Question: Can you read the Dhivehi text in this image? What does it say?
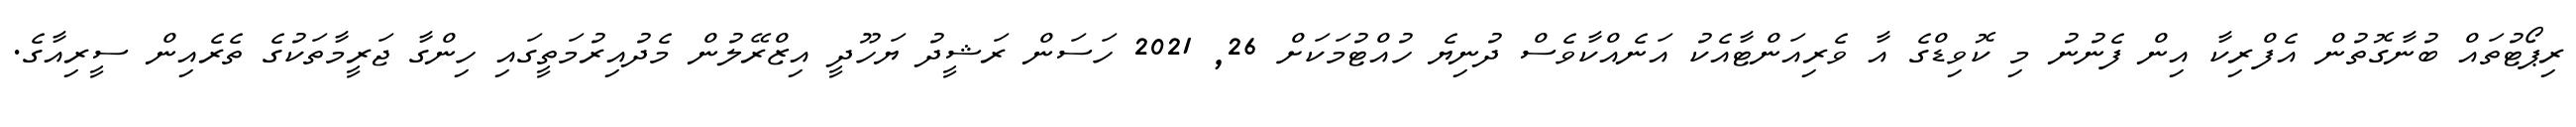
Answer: ރިޕޯޓުތައް ބުނާގޮތުން އެފްރިކާ އިން ފެނުނު މި ކޮވިޑްގެ އާ ވެރިއަންޓާއެކު އަނެއްކާވެސް ދުނިޔެ ހުއްޓުމަކަށް 26, 2021 ހަސަން ރަޝީދު ޔަހޫދީ އިޒްރޭލުން މެދުއިރުމަތީގައި ހިންގާ ޖަރީމާތަކުގެ ތެރެއިން ސީރިއާގެ.